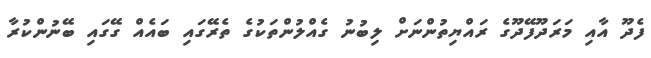
ފެދޫ އާއި މަރަދޫފޭދޫގެ ރައްޔިތުންނަށް ލިބުނު ގެއްލުންތަކުގެ ތެރޭގައި ބައެއް ގޭގައި ބޭނުންކުރާ